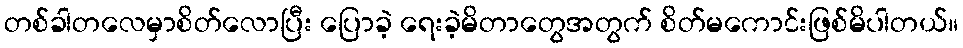
တစ်ခါတလေမှာစိတ်လောပြီး ပြောခဲ့ ရေးခဲ့မိတာတွေအတွက် စိတ်မကောင်းဖြစ်မိပါတယ်။